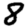
Digit: 8